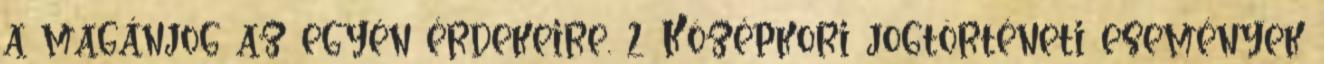
a magánjog az egyén érdekeire. 2 Középkori jogtörténeti események